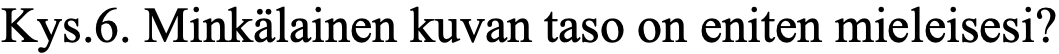
Kys.6. Minkälainen kuvan taso on eniten mieleisesi?